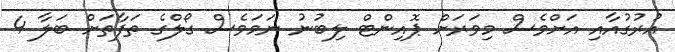
އުރުގުއާއި އަށްވެސް މިވަރަށް ޕޮއިންޓް ލިބުނު ނަމަވެސް ގޯލްގެ ތަފާތަށް ބަލާ 4